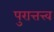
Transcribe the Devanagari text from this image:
पुरात्तत्त्व